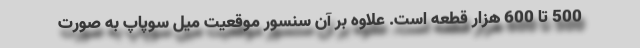
500 تا 600 هزار قطعه است. علاوه بر آن سنسور موقعیت میل سوپاپ به صورت